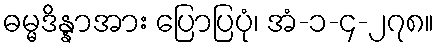
ဓမ္မဒိန္နာအား ပြောပြပုံ၊ အံ-၁-၄-၂၇၈။